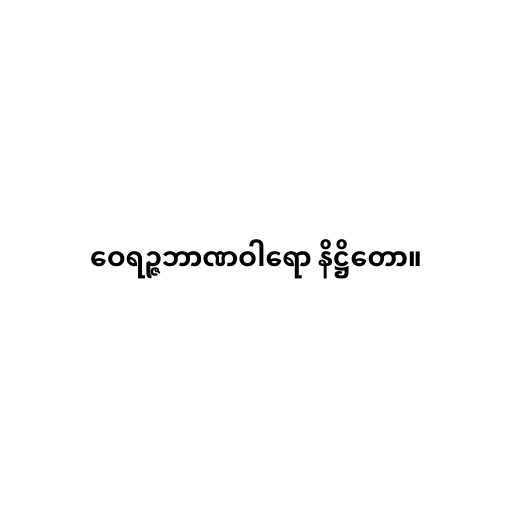
ဝေရဉ္ဇဘာဏဝါရော နိဋ္ဌိတော။